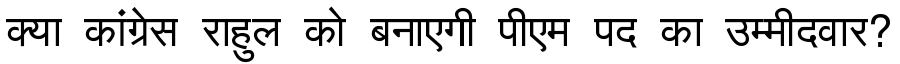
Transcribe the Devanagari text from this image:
क्या कांग्रेस राहुल को बनाएगी पीएम पद का उम्मीदवार?